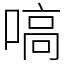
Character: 嗃